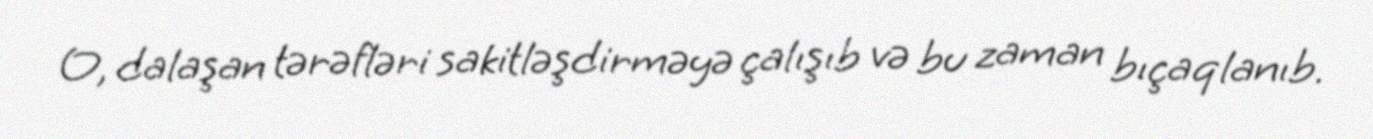
O, dalaşan tərəfləri sakitləşdirməyə çalışıb və bu zaman bıçaqlanıb.